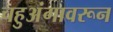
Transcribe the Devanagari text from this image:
चहुअंगावरून